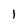
Character: l